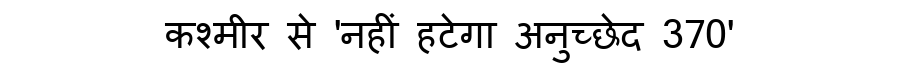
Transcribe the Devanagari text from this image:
कश्मीर से 'नहीं हटेगा अनुच्छेद 370'